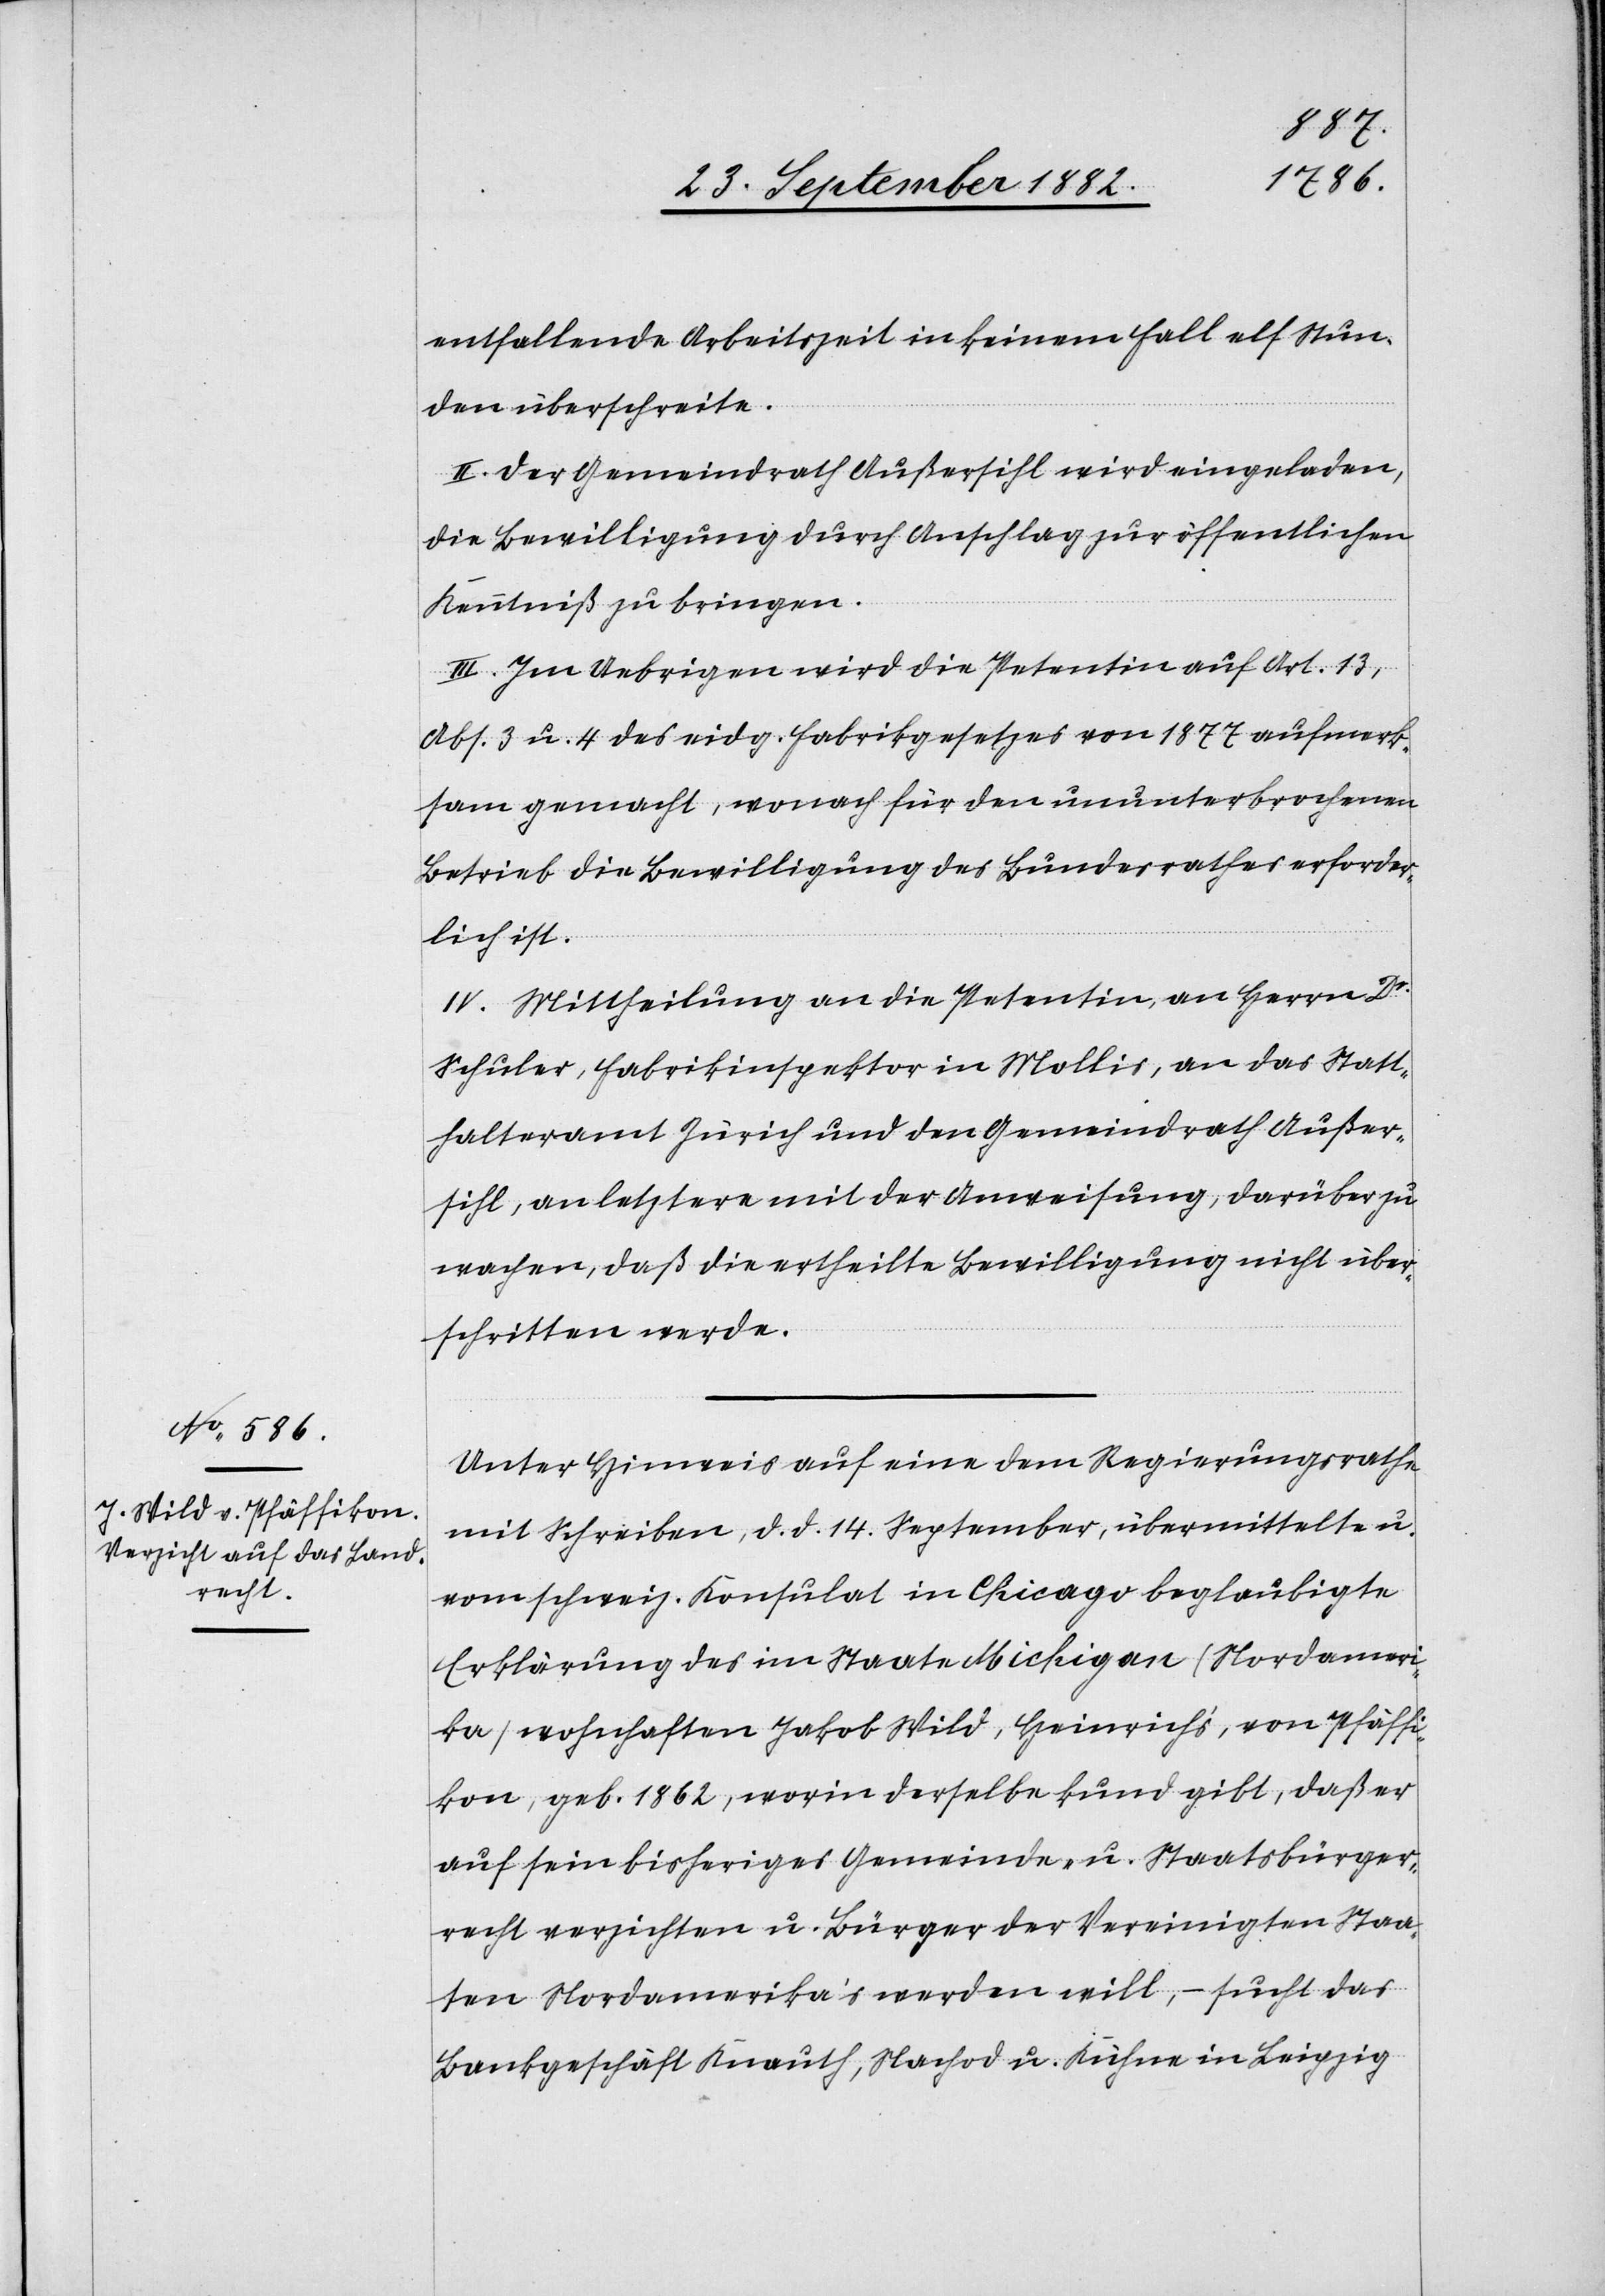
entfallende Arbeitszeit in keinem Fall elf Stun¬
den überschreite.
II. Der Gemeindrath Außersihl wird eingeladen,
die Bewilligung durch Anschlag zur öffentlichen
Kenntniß zu bringen.
III. Im Uebrigen wird die Petentin auf Art. 13,
Abs. 3 u. 4 des eidg. Fabrikgesetzes von 1877 aufmerk¬
sam gemacht, wonach für den ununterbrochenen
Betrieb die Bewilligung des Bundesrathes erforder¬
lich ist.
IV. Mittheilung an die Petentin, an Herrn Dr
Schuler, Fabrikinspektor in Mollis, an das Statt¬
halteramt Zürich und den Gemeindrath Außer¬
sihl, an letztere mit der Anweisung, darüber zu
wachen, daß die ertheilte Bewilligung nicht über¬
schritten werde.
Unter Hinweis auf eine dem Regierungsrathe
mit Schreiben, d. d. 14. September, übermittelte u.
vom schweiz. Konsulat in Chicago beglaubigte
Erklärung des im Staate Michigan (Nordamer¬
ika) wohnhaften Jakob Wild, Heinrich’s, von Pfäffi¬
kon, geb. 1862, worin derselbe kund gibt, daß er
auf sein bisheriges Gemeinde- u. Staatsbürger¬
recht verzichten u. Bürger der Vereinigten Staa¬
ten Nordamerika’s werden will, – sucht das
Bankgeschäft Knauth, Nachod u. Kühne in Leipzig